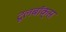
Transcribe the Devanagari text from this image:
टूलबॉक्स